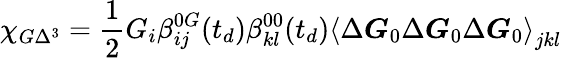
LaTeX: \chi_{G\Delta^{3}}=\frac{1}{2}G_{i}\beta_{ij}^{0G}(t_{d})\beta_{kl}^{00}(t_{d})\left\langle\Delta\boldsymbol{G}_{0}\Delta\boldsymbol{G}_{0}\Delta\boldsymbol{G}_{0}\right\rangle_{jkl}